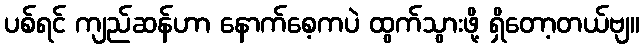
ပစ်ရင် ကျည်ဆန်ဟာ နောက်စေ့ကပဲ ထွက်သွားဖို့ ရှိတော့တယ်ဗျ။